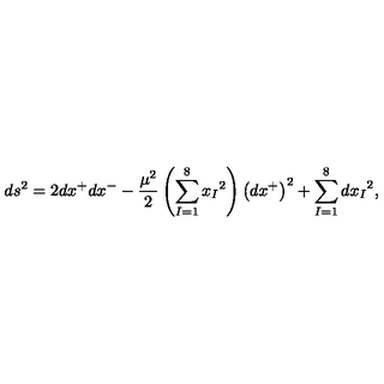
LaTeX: d s ^ { 2 } = 2 d x ^ { + } d x ^ { - } - \frac { \mu ^ { 2 } } { 2 } \left( \sum _ { I = 1 } ^ { 8 } { x _ { I } } ^ { 2 } \right) \left( d x ^ { + } \right) ^ { 2 } + \sum _ { I = 1 } ^ { 8 } { d x _ { I } } ^ { 2 } ,